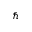
\hbar